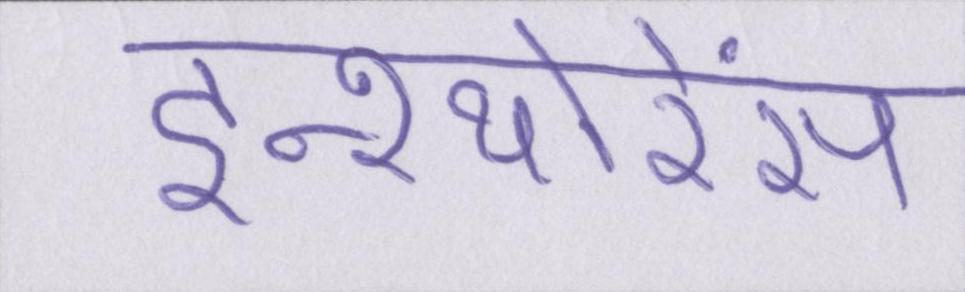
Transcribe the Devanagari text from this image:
इन्श्योरेंस